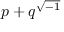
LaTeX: p + q ^ { \sqrt { - 1 } }